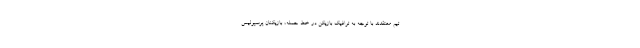
تیم معتقدند با توجه به ترافیک بازیکن در خط حمله، بازیکنان پرسپولیس